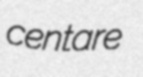
centare